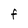
Character: f